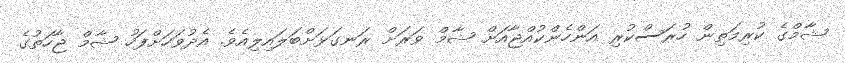
ޝާމްގެ ކުރިމަތިން ހުރަސްކުރި އަންހެންކުއްޖާއަށް ޝާމް ވަރަށް ރަނގަޅަށްބަލައިލިއެވެ. އެދުވަހަށްފަހު ޝާމް ޖާހަތުގެ